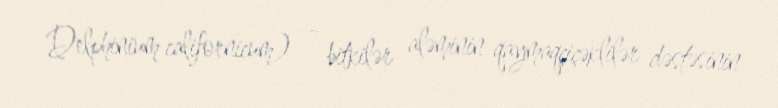
Delphinium californicum) — bitkilər aləminin qaymaqçiçəklilər dəstəsinin